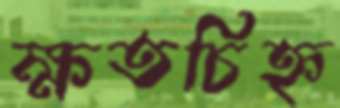
ক্ষতচিহ্ন